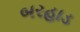
બરહાડ